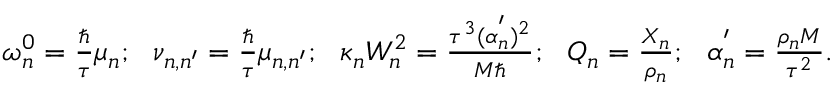
\begin{array} { r } { \omega _ { n } ^ { 0 } = \frac { \hbar } { \tau } \mu _ { n } ; ~ ~ \nu _ { n , n ^ { \prime } } = \frac { \hbar } { \tau } \mu _ { n , n ^ { \prime } } ; ~ ~ \kappa _ { n } W _ { n } ^ { 2 } = \frac { \tau ^ { 3 } ( \alpha _ { n } ^ { ' } ) ^ { 2 } } { M \hbar } ; ~ ~ Q _ { n } = \frac { X _ { n } } { \rho _ { n } } ; ~ ~ \alpha _ { n } ^ { ' } = \frac { \rho _ { n } M } { \tau ^ { 2 } } . } \end{array}